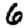
Digit: 6